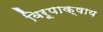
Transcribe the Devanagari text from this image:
विरूपाक्षाय